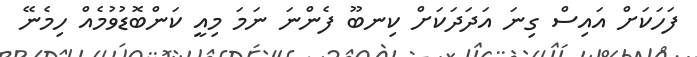
ފަހަކަށް އައިސް ގިނަ އަދަދަކަށް ކިނބޫ ފެންނަ ނަމަ މިއީ ކަންބޮޑުވުމެއް ހިމެނޭ